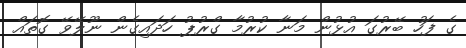
ގެ ފަހު ބޭރުގަ އުޅުން މަނާ ކުރުމާ ގްރުޕު ހަދައިގެން ނޫލޭވޭ ގޮތައް